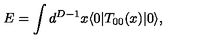
E = \int d ^ { D - 1 } x \langle 0 | T _ { 0 0 } ( x ) | 0 \rangle ,